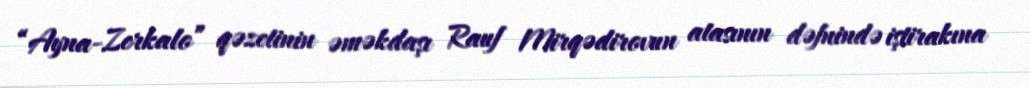
“Ayna-Zerkalo” qəzetinin əməkdaşı Rauf Mirqədirovun atasının dəfnində iştirakına